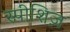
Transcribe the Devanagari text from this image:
स्पीशिज़